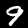
Digit: 9